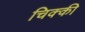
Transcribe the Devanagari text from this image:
चिक्‍की